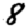
Digit: 8